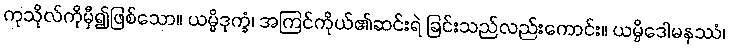
ကုသိုလ်ကိုမှီ၍ဖြစ်သော။ ယမ္ပိဒုက္ခံ၊ အကြင်ကိုယ်၏ဆင်းရဲ ခြင်းသည်လည်းကောင်း။ ယမ္ပိဒေါမနဿံ၊